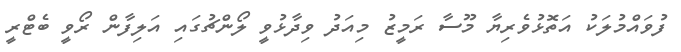
ފުވައްމުލަކު އަތޮޅުވެރިޔާ މޫސާ ރަމީޒު މިއަދު ވިދާޅުވީ ލޯންޗުގައި އަލިފާން ރޯވީ ބެޓްރީ